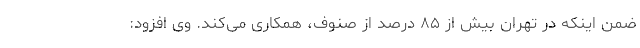
ضمن اینکه در تهران بیش از ۸۵ درصد از صنوف، همکاری می‌کند. وی افزود: